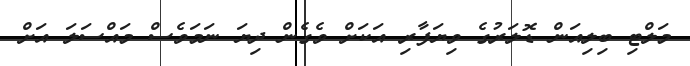
މަލްޓި ބިލިއަން ޑޮލަރުގެ ވިޔަފާރި އަކަށް ވެގެން ދިޔަ ނަމަވެސް މައްސަލަ އަށް